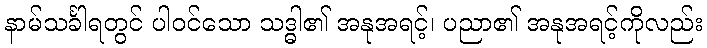
နာမ်သင်္ခါရတွင် ပါဝင်သော သဒ္ဓါ၏ အနုအရင့်၊ ပညာ၏ အနုအရင့်ကိုလည်း